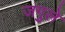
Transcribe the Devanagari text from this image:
जगुले